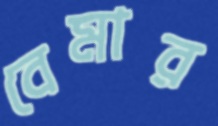
বেমার